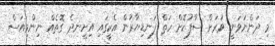
މި ދަންނަވަނީ ވަރަށް ސާފުކޮށް ހަތް ފަނޑިޔާރުން އެކީގައި އިށީނދެ ގޮތެއް ނިންމިއަސް